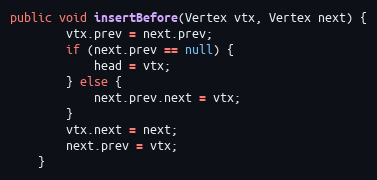
Language: Java
public void insertBefore(Vertex vtx, Vertex next) {
        vtx.prev = next.prev;
        if (next.prev == null) {
            head = vtx;
        } else {
            next.prev.next = vtx;
        }
        vtx.next = next;
        next.prev = vtx;
    }